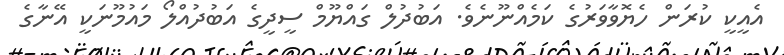
އެއީކީ ކުރަން ހެޔޮވާވަރުގެ ކަމެއްނޫނެވެ. އަބުދުލް ގައްޔޫމް ސީދީގެ އަބުދުއްލޯ މައުމޫނަކީ އޭނާގެ